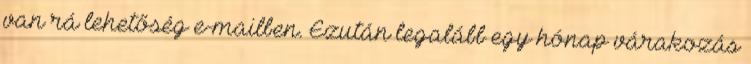
van rá lehetőség e-mailben. Ezután legalább egy hónap várakozás